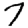
Digit: 7